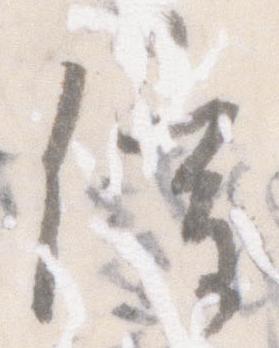
催